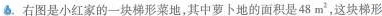
6. 右图是小红家的一块梯形菜地，其中萝卜地的面积是48m^{2}，这块梯形